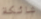
شائكة